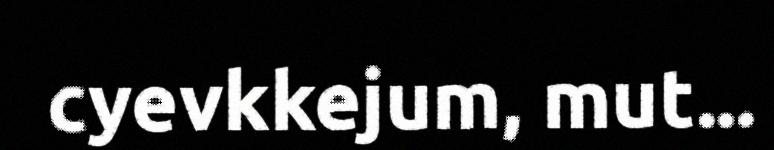
cyevkkejum, mut...